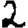
Digit: 2